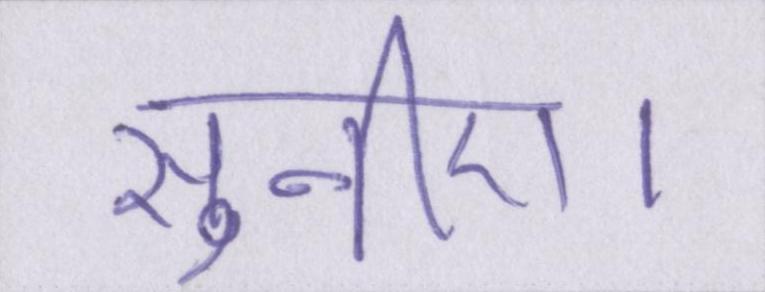
सुनिए।